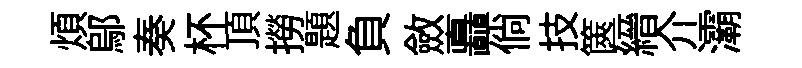
煩鄔奏杯頂撈題負斂矗倘技篋縉介灞